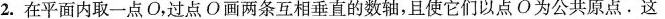
2.在平面内取一点O，过点O画两条互相垂直的数轴，且使它们以点O为公共原点.这